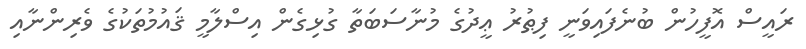
ރައީސް އޮފީހުން ބުނެފައިވަނީ ފިޠުރު ޢީދުގެ މުނާސަބަތާ ގުޅިގެން އިސްލާމީ ޤައުމުތަކުގެ ވެރިންނާއި